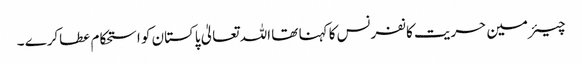
چیئرمین حریت کانفرنس کا کہنا تھا اللہ تعالیٰ پاکستان کو استحکام عطاکرے ۔